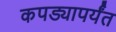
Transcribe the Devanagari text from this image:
कपड्यापर्यंत